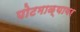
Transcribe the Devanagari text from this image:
पोटमाळ्यावर